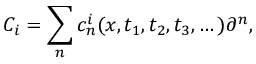
C _ { i } = \sum _ { n } c _ { n } ^ { i } ( x , t _ { 1 } , t _ { 2 } , t _ { 3 } , \dots ) \partial ^ { n } ,